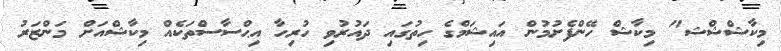
މިކާޝްޝްޝ" މިކާޝް ހޭންފެށުމުން އައިޝަމްގެ ހިތުގައި ދައުރުވި ހުރިހާ އިޙްސާސްތަކެއް މިކާޝްއަށް މަންޒަރު